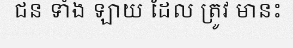
ជន ទាំង ឡាយ ដែល ត្រូវ មានះ